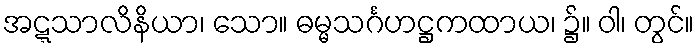
အဋ္ဋသာလိနိယာ၊ သော။ ဓမ္မသင်္ဂဟဋ္ဌကထာယ၊ ၌။ ဝါ၊ တွင်။